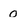
Character: 0